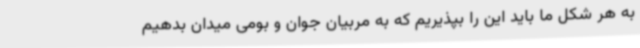
به هر شکل ما باید این را بپذیریم که به مربیان جوان و بومی میدان بدهیم